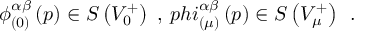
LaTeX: \phi _ { ( 0 ) } ^ { \alpha \beta } \left( p \right) \in S \left( V _ { 0 } ^ { + } \right) \ , \, p h i _ { ( \mu ) } ^ { \alpha \beta } \left( p \right) \in S \left( V _ { \mu } ^ { + } \right) \; \, .